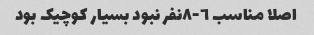
اصلا مناسب ٦-٨نفر نبود بسیار کوچیک بود